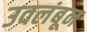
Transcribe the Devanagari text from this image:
उवलंबून